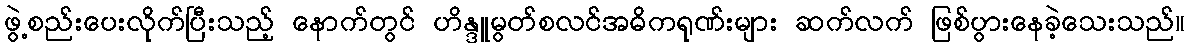
ဖွဲ့စည်းပေးလိုက်ပြီးသည့် နောက်တွင် ဟိန္ဒူမွတ်စလင်အဓိကရုဏ်းများ ဆက်လက် ဖြစ်ပွားနေခဲ့သေးသည်။